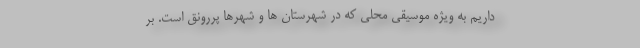
داریم به ویژه موسیقی محلی که در شهرستان ها و شهرها پررونق است. بر